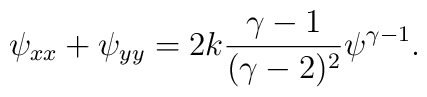
\psi_{xx}+\psi_{yy}=2k{{\gamma-1}\over{(\gamma-2)^2}}\psi^{\gamma-1}.